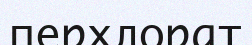
перхлорат